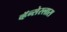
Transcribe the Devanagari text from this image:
व्हॅन्सेस्लास